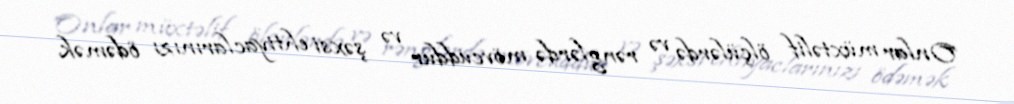
Onlar müxtəlif ölçülərdə və rənglərdə mövcuddur və şəxsi ehtiyaclarınızı ödəmək